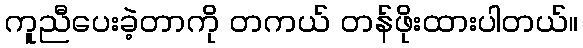
ကူညီပေးခဲ့တာကို တကယ် တန်ဖိုးထားပါတယ်။